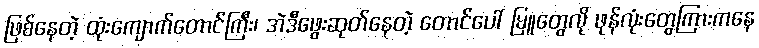
ဖြစ်နေတဲ့ ထုံးကျောက်တောင်ကြီး၊ အဲဒီဖွေးဆုတ်နေတဲ့ တောင်ပေါ် မြူတွေလို ဖုန်လုံးတွေကြားကနေ